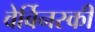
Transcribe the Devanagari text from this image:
वेर्बिनस्की